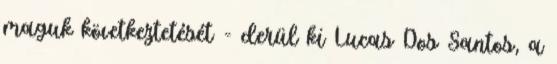
maguk következtetését - derül ki Lucas Dos Santos, a